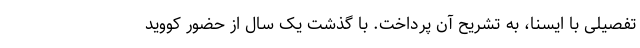
تفصیلی با ایسنا، به تشریح آن پرداخت. با گذشت یک سال از حضور کووید